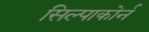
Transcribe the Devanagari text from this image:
सिल्पाकोर्न